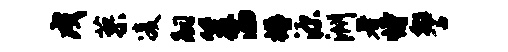
戍蓼凌嗣笈洒樽源洲著恃警